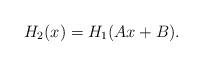
LaTeX: \begin{align*}H_{2}(x)=H_{1}(Ax+B). \end{align*}